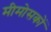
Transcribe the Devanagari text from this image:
मीमोसकों